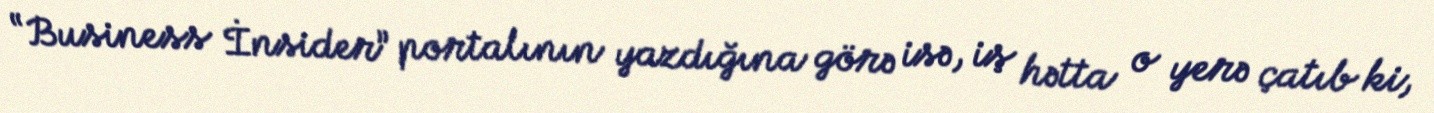
“Business İnsider” portalının yazdığına görə isə, iş hətta o yerə çatıb ki,